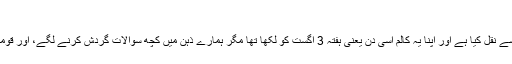
‘‘
یہ پیراگراف ہم نے ایک معتبر، سینئر، مقبول اور ترقی پسند کالم نگار کے کالم سے نقل کیا ہے اور اپنا یہ کالم اسی دن یعنی ہفتہ 3 اگست کو لکھا تھا مگر ہمارے ذہن میں کچھ سوالات گردش کرنے لگے، اور قومی انتخابات 2018ء سے قبل کے کئی مناظر بھی آنکھوں کے سامنے پھر گئے۔